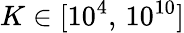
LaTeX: K\in[10^{4},\, 10^{10}]